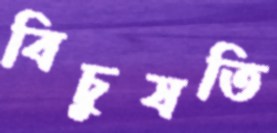
বিচুযতি